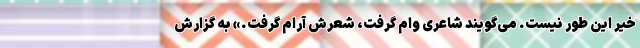
خیر این طور نیست. می‌گویند شاعری وام گرفت، شعرش آرام گرفت.» به گزارش